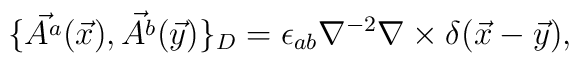
\{\vec{A^{a}}(\vec x), \vec{A^{b}}(\vec y)\}_D=\epsilon_{ab}\nabla^{-2}\nabla\times\delta(\vec x-\vec y),